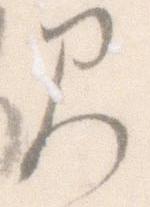
見